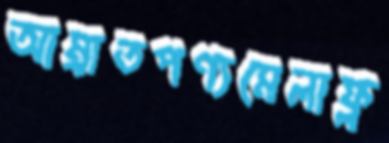
আম্রাতপণ্যমেলাফ্ল